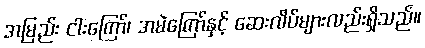
အမြည်း ငါးကြော်၊ အမဲကြော်နှင့် ဆေးလိပ်များလည်းရှိသည်။